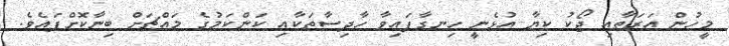
މީހުން އަރަތާއި ޖޯކު ކިޔާ އުޅެނީ ހިނގާފައިވާ ހާދިސާތަކާއި ކަންކަމުގެ މައްޗަށް ބިނާކޮށްފައެވެ.